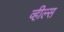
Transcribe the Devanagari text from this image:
व्‍हील्‍स